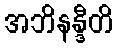
အဘိနန္ဒီတိ